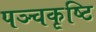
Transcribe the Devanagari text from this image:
पञ्चकृष्टि